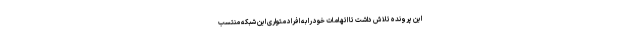
این پرونده تلاش داشت تا اتهامات خود را به افراد متواری این شبکه منتسب